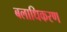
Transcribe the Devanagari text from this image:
बलाधिकरण